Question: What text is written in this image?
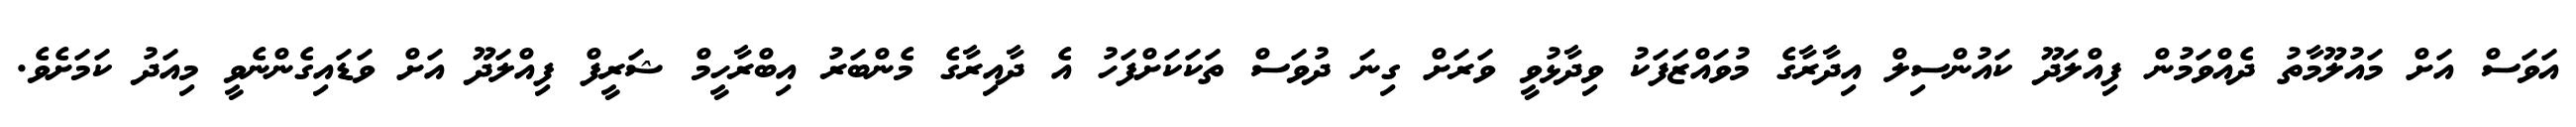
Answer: އަވަސް އަށް މައުލޫމާތު ދެއްވަމުން ފިއްލަދޫ ކައުންސިލް އިދާރާގެ މުވައްޒަފަކު ވިދާޅުވީ ވަރަށް ގިނަ ދުވަސް ތަކަކަށްފަހު އެ ދާއިރާގެ މެންބަރު އިބްރާހީމް ޝަރީފް ފިއްލަދޫ އަށް ވަޑައިގެންނެވީ މިއަދު ކަމަށެވެ.